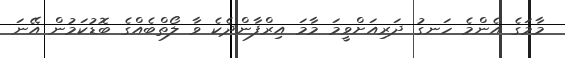
މާމަގެ އެންމެ ހަނގު ދަރިއަށްވީމަ މާމަ އިރްފާންދެކެ ވާ ލޯތްބެއްގެ ބޮޑުކަމުން އޭނަ